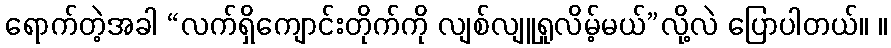
ရောက်တဲ့အခါ “လက်ရှိကျောင်းတိုက်ကို လျစ်လျူရှုလိမ့်မယ်”လို့လဲ ပြောပါတယ်။ ။